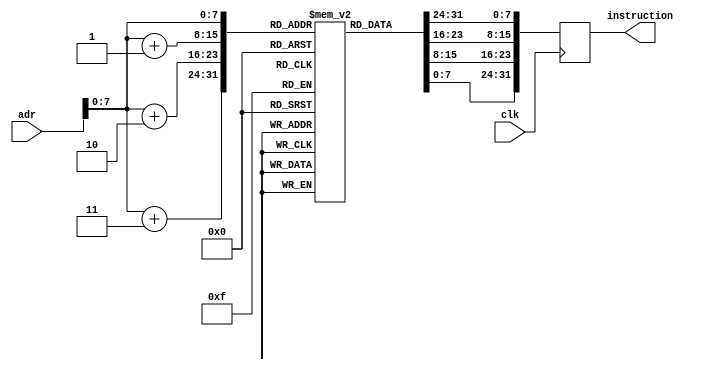
module instructionMemory #(parameter SIZE=8) (
	input clk, 
	input [4*SIZE-1:0] adr,  
	output reg [4*SIZE-1:0] instruction);
	
	reg [SIZE-1:0] InstMemory [0:255]; 
	
	initial begin 
		{InstMemory[0],InstMemory[1],InstMemory[2],InstMemory[3]} = {6'b001000, 5'b0, 5'b1, 16'd80};
		{InstMemory[4],InstMemory[5],InstMemory[6],InstMemory[7]} = {6'b001000, 5'd0, 5'd10, 16'd1};
		{InstMemory[8],InstMemory[9],InstMemory[10],InstMemory[11]} = {6'b001000, 5'd0, 5'd2, 16'b0};
		{InstMemory[12],InstMemory[13],InstMemory[14],InstMemory[15]} = {6'b000100, 5'd1, 5'd2, 16'd12};
		{InstMemory[16],InstMemory[17],InstMemory[18],InstMemory[19]} = {6'b001000, 5'd2, 5'd3, 16'd0};
		{InstMemory[20],InstMemory[21],InstMemory[22],InstMemory[23]} = {6'b000100, 5'd1, 5'd3, 16'd8};
		{InstMemory[24],InstMemory[25],InstMemory[26],InstMemory[27]} = {6'b100011, 5'd2, 5'd4, 16'b0}; 
		{InstMemory[28],InstMemory[29],InstMemory[30],InstMemory[31]} = {6'b100011, 5'd3, 5'd5, 16'b0};
		{InstMemory[32],InstMemory[33],InstMemory[34],InstMemory[35]} = {6'b0, 5'd5, 5'd4, 5'd6, 5'b0, 6'h2a};
		{InstMemory[36],InstMemory[37],InstMemory[38],InstMemory[39]} = {6'b000100, 5'd6, 5'd10, 16'd2};
		{InstMemory[40],InstMemory[41],InstMemory[42],InstMemory[43]} = {6'b101011, 5'd3, 5'd4, 16'b0};
		{InstMemory[44],InstMemory[45],InstMemory[46],InstMemory[47]} = {6'b101011, 5'd2, 5'd5, 16'b0};
		{InstMemory[48],InstMemory[49],InstMemory[50],InstMemory[51]} = {6'b001000, 5'd3, 5'd3, 16'd4};
		{InstMemory[52],InstMemory[53],InstMemory[54],InstMemory[55]} = {6'b000010, 26'd5};
		{InstMemory[56],InstMemory[57],InstMemory[58],InstMemory[59]} = {6'b001000, 5'd2, 5'd2, 16'd4};
		{InstMemory[60],InstMemory[61],InstMemory[62],InstMemory[63]} = {6'b000010, 26'd3};
		{InstMemory[64],InstMemory[65],InstMemory[66],InstMemory[67]} = {32'b0};
	end 
	
	always @(posedge clk) begin 
	   instruction <= {InstMemory[adr], InstMemory[adr+1], InstMemory[adr+2], InstMemory[adr+3]};
	end 	
endmodule